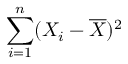
\sum _ { i = 1 } ^ { n } ( X _ { i } - { \overline { { X } } } ) ^ { 2 }